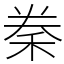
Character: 䅈